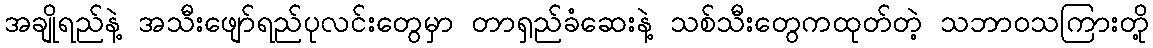
အချိုရည်နဲ့ အသီးဖျော်ရည်ပုလင်းတွေမှာ တာရှည်ခံဆေးနဲ့ သစ်သီးတွေကထုတ်တဲ့ သဘာဝသကြားတို့